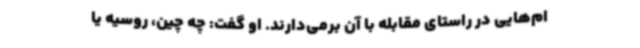
ام‌هایی در راستای مقابله با آن برمی‌دارند. او گفت: چه چین، روسیه یا